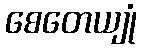
စေတေယျုံ